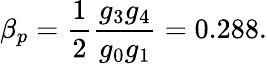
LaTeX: \beta_{p}=\frac{1}{2}\frac{g_{3}g_{4}}{g_{0}g_{1}}=0.288.